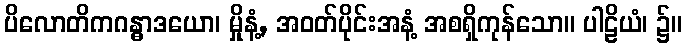
ပိလောတိကဂန္ဓာဒယော၊ မှိုနံ့, အဝတ်ပိုင်းအနံ့ အစရှိကုန်သော။ ပါဠိယံ၊ ၌။